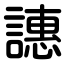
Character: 譓